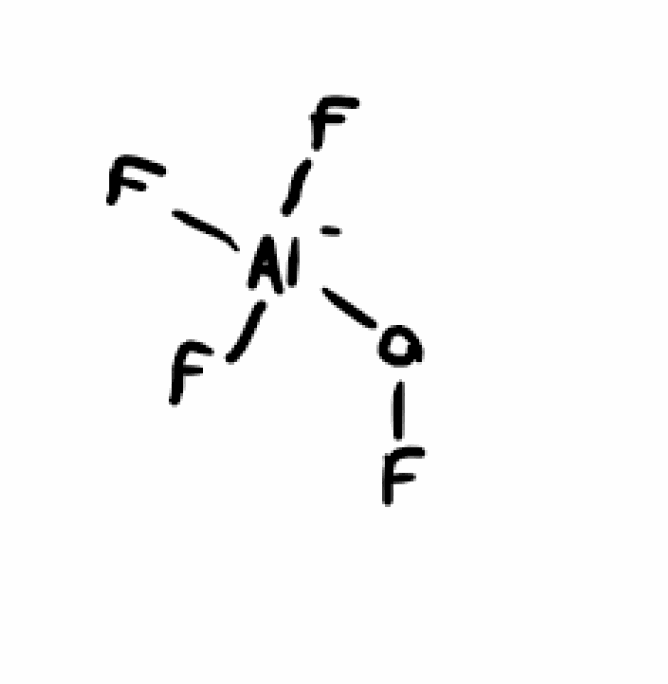
Simplified molecular-input line-entry system (SMILES) notation of the given molecule:
O(F)[Al-](F)(F)F